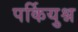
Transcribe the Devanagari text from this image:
पर्कियुश्न